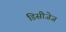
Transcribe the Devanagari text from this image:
डिसीजेज